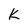
Character: K